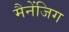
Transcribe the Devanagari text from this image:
मैनेंजिग